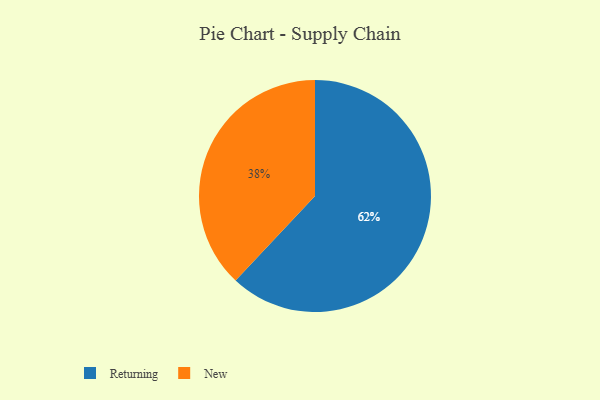
{"axis": {"x": "Category", "y": "Percentage"}, "legend": ["New", "Returning"], "data": [{"x": "New", "y": 38, "type": "New"}, {"x": "Returning", "y": 62, "type": "Returning"}]}